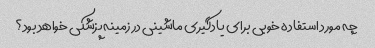
چه مورد استفاده خوبی برای یادگیری ماشینی در زمینه پزشکی خواهد بود؟